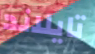
تايلاند